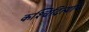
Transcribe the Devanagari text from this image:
कश्चिदित्यपि